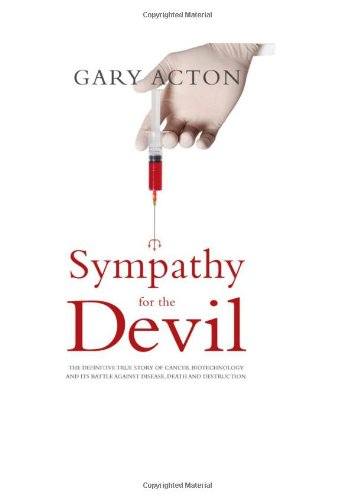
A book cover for Sympathy for the Devil: The Definitive True Story of Cancer Biotechnology and Its Battle Against Disease, Death and Destruction; Gary Acton; Business & Money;